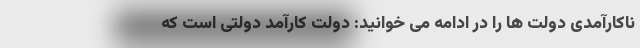
ناکارآمدی دولت ها را در ادامه می خوانید: دولت کارآمد دولتی است که